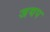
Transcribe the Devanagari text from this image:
जयप